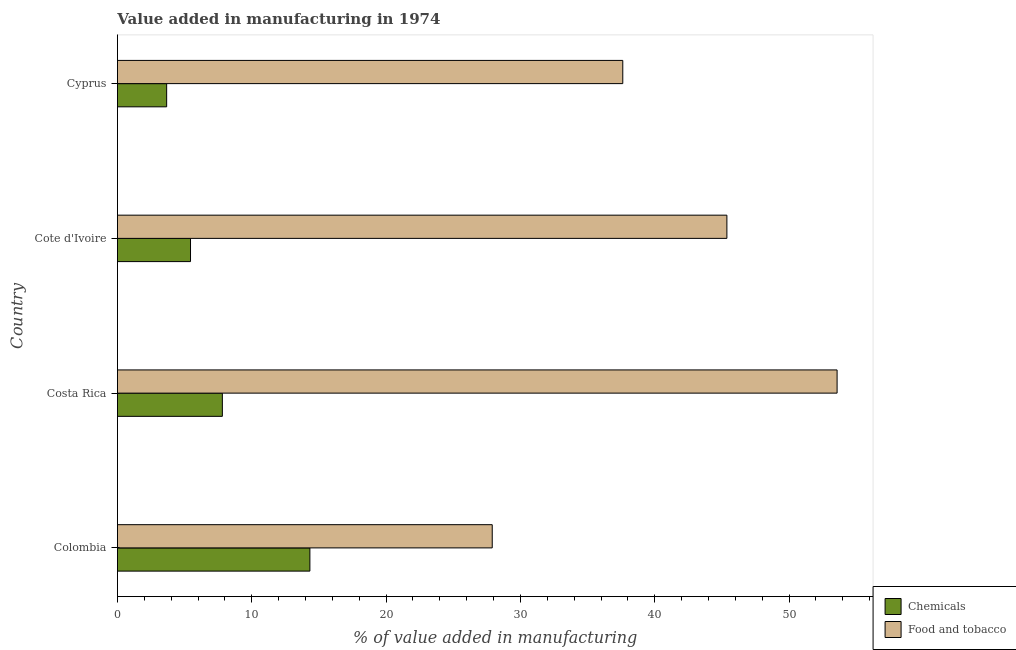
| Country | Chemicals | Food and tobacco |
 | --- | --- | --- |
 | Colombia | 14.3 | 27.9 |
 | Costa Rica | 7.81 | 53.6 |
 | Cote d'Ivoire | 5.44 | 45.4 |
 | Cyprus | 3.67 | 37.6 |